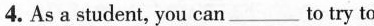
4. As a student, you can ___ to try to